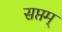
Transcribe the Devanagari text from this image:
सप्तम्‌